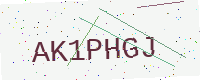
Text: AK1PHGJ